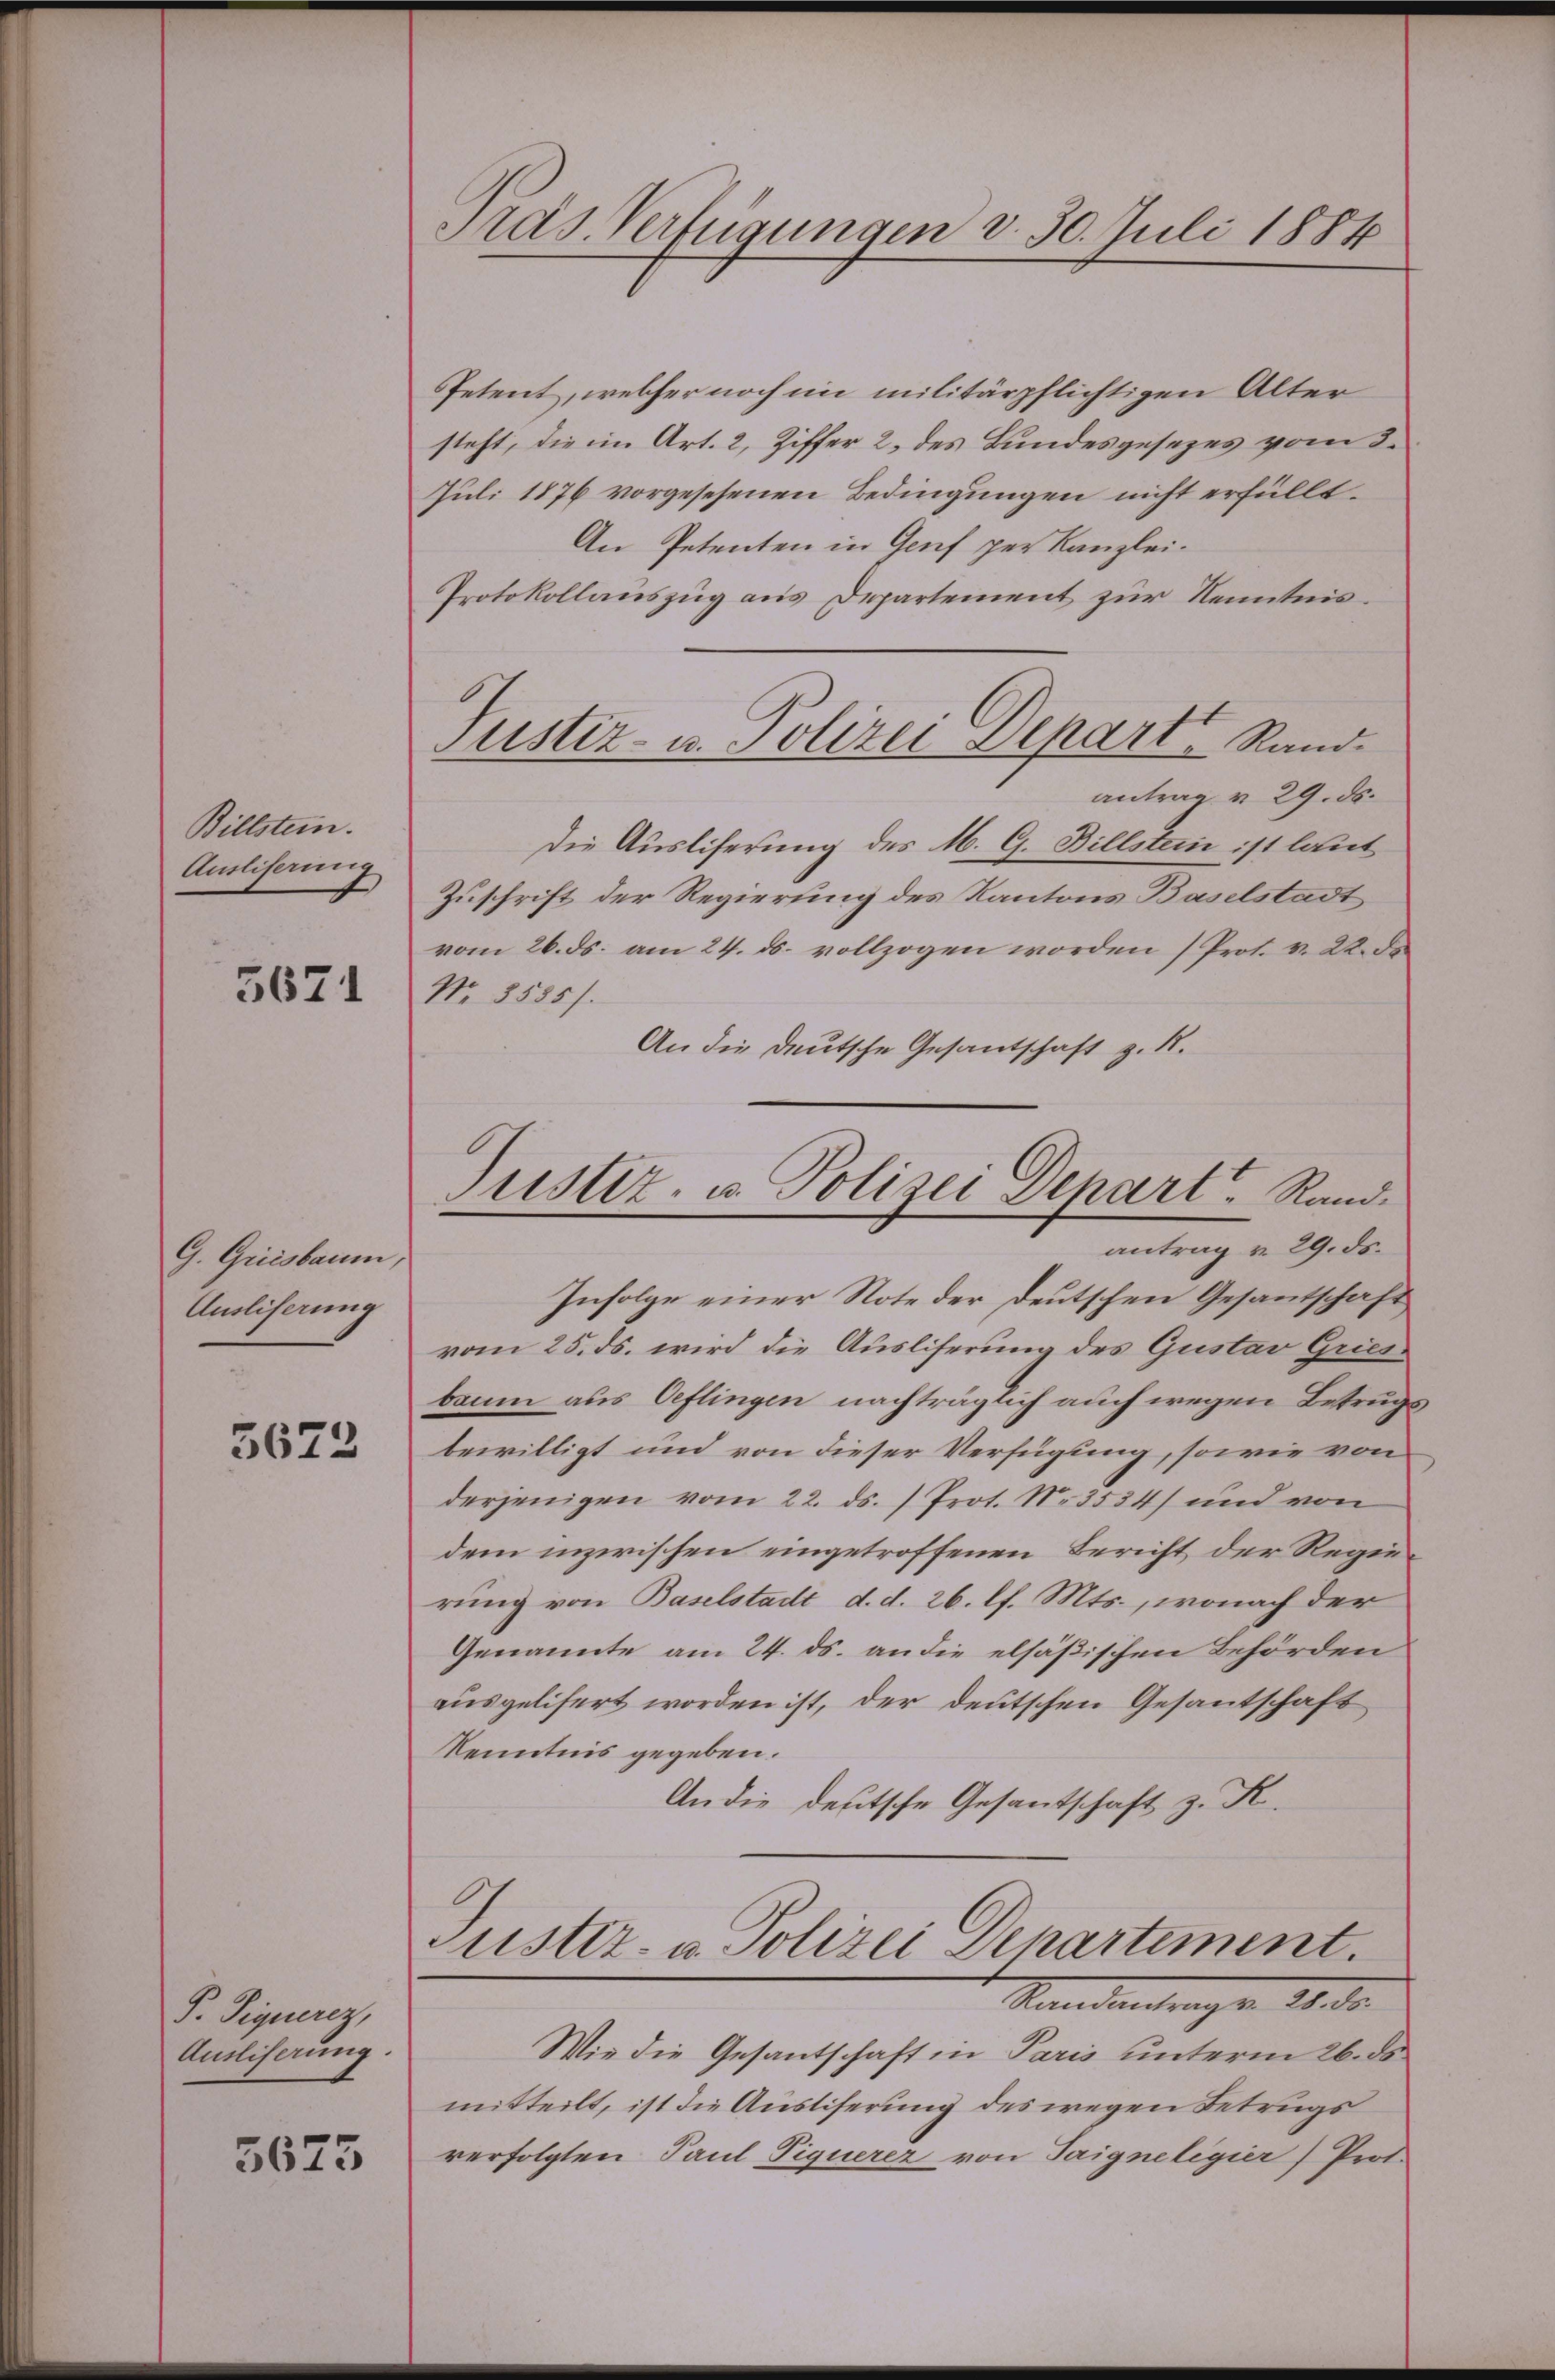
Billstein.
Ausliserung

5671

G. Greisbaum,
Ausliserung

5672

P. Piquerez,
Ansliserung.

5673

Pras. Verfügungen d. 30. Juli 1884

Justiz- u. Polizei Depart Rand¬

Petent, welcher noch im militärpflichtigen Alter
steht, die im Art. 2, Ziffer 2. des Bundesgesezes vom 3.
Juli 1876 vorgesehenen Bedingungen nicht erfüllt.
An Petenten in Genf per Kanzlei-
Protokollauszug aus Departement zur Kenntnisantrag v. 29. ds.
Die Ausliferung des M. G. Billsten ist laut
Zuschrift der Regierung des Kantons Baselstadt
vom 26. ds. am 24. ds. vollzogen worden (Prot. v. 22. de
No. 3535).
An die deutsche Gesandschaft z. R.
Infolge einer Note der Deutschen Gesantschaft
vom 25. ds. wird die Ausliferung des Gustav Griesbaum aus Oeflingen nachträglich auch wegen Betruge
bewilligt und von dieser Verfügung, sowie von
derjenigen vom 22. ds. ) Prot. N. 3534) und von
dem inzwischen eingetroffenen Bericht der Regierung von Baselstadt d. d. 26. l. Mts., wonach der
Genannte am 24. ds. an die elsäßischen Behörden
ausgelisert worden ist, der deutschen Gesantschaft
Kenntnis gegeben.
An die deutsche Gesantschaft z. R.
Justiz- u. Polizei Departement.
Standentenger 1830.
Wie die Gesantschaft in Paris unterm 26. ds.
mitteilt, ist die Ausliserung des wegen Betrugs
verfolgten Paul Piquerer von Saigne legier) Prot.

Justiz- u. Polizei Depart Rand.
antrag v. 29. ds.